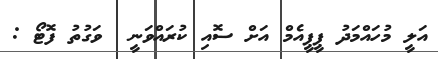
އަލީ މުހައްމަދު ޕީޕީއެމް އަށް ސޮއި ކުރައްވަނީ  ވަގުތު ފޮޓޯ :